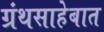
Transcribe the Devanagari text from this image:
ग्रंथसाहेबात